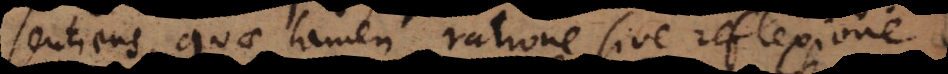
sentiens, quae tamen ratione sive reflexione